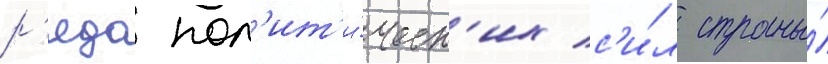
р'яда пол'ит'и́ческ'их с'и́л страны́